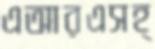
এআরএসহ্